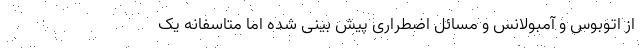
از اتوبوس و آمبولانس و مسائل اضطراری پیش بینی شده اما متاسفانه یک